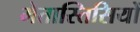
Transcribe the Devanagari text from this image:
मेतास्तिसियों